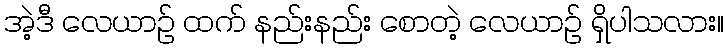
အဲ့ဒီ လေယာဉ် ထက် နည်းနည်း စောတဲ့ လေယာဉ် ရှိပါသလား။